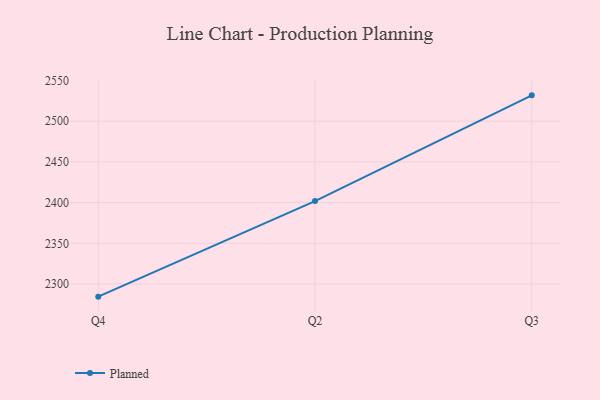
{"axis": {"x": "Quarter", "y": "Net Income (USD K)"}, "legend": ["Planned"], "data": [{"x": "Q4", "y": 2284.5, "type": "Planned"}, {"x": "Q2", "y": 2401.9, "type": "Planned"}, {"x": "Q3", "y": 2531.7, "type": "Planned"}]}